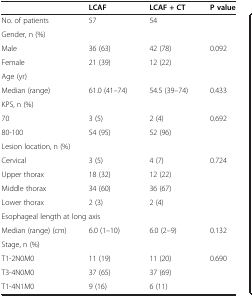
<table><thead><tr><td><b> </b></td><td><b>LCAF</b></td><td><b>LCAF + CT</b></td><td><b>P value</b></td></tr></thead><tbody><tr><td>No. of patients</td><td>57</td><td>54</td><td> </td></tr><tr><td colspan="4">Gender, n (%)</td></tr><tr><td>Male</td><td>36 (63)</td><td>42 (78)</td><td>0.092</td></tr><tr><td>Female</td><td>21 (39)</td><td>12 (22)</td><td> </td></tr><tr><td colspan="4">Age (yr)</td></tr><tr><td>Median (range)</td><td>61.0 (41–74)</td><td>54.5 (39–74)</td><td>0.433</td></tr><tr><td colspan="4">KPS, n (%)</td></tr><tr><td>70</td><td>3 (5)</td><td>2 (4)</td><td>0.692</td></tr><tr><td>80-100</td><td>54 (95)</td><td>52 (96)</td><td> </td></tr><tr><td colspan="4">Lesion location, n (%)</td></tr><tr><td>Cervical</td><td>3 (5)</td><td>4 (7)</td><td>0.724</td></tr><tr><td>Upper thorax</td><td>18 (32)</td><td>12 (22)</td><td> </td></tr><tr><td>Middle thorax</td><td>34 (60)</td><td>36 (67)</td><td> </td></tr><tr><td>Lower thorax</td><td>2 (3)</td><td>2 (4)</td><td> </td></tr><tr><td colspan="4">Esophageal length at long axis</td></tr><tr><td>Median (range) (cm)</td><td>6.0 (1–10)</td><td>6.0 (2–9)</td><td>0.132</td></tr><tr><td colspan="4">Stage, n (%)</td></tr><tr><td>T1-2N0M0</td><td>11 (19)</td><td>11 (20)</td><td>0.690</td></tr><tr><td>T3-4N0M0</td><td>37 (65)</td><td>37 (69)</td><td> </td></tr><tr><td>T1-4N1M0</td><td>9 (16)</td><td>6 (11)</td><td> </td></tr></tbody></table>